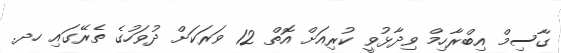
ގާސިމް އިބްރާހިމް ވިދާޅުވީ ކުރިއަށް އޮތް 12 ވަރަކަށް ދުވަހުގެ ތެރޭގައި ހދ.